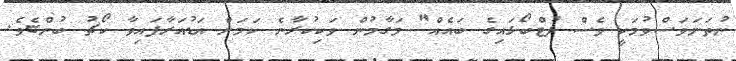
ނުތަނަވަސްވުމަކީ ވެސް ފުޓްބޯޅައިގެ ބައެއް" މަގާމުން ވަކިކުރާނެ ކަމަށް އަޑުއަރާފައިވާ ކޯޗު ބުންޏެވެ.